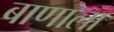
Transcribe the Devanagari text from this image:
बाणाला